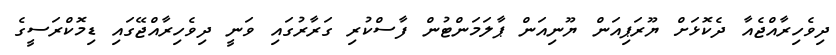
ދިވެހިރާއްޖެއާ ދެކޮޅަށް ޔޫރަޕިއަން ޔޫނިއަން ޕާލަމަންޓުން ފާސްކުރި ގަރާރުގައި ވަނީ ދިވެހިރާއްޖޭގައި ޑިމޮކްރަސީގެ